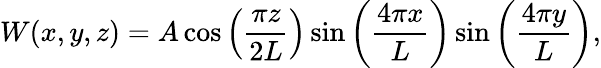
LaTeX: W(x,y,z)=A\cos\left(\frac{\pi z}{2L}\right)\sin\left(\frac{4\pi x}{L}\right)\sin\left(\frac{4\pi y}{L}\right),